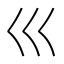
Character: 巛